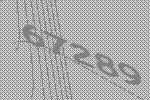
67289